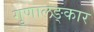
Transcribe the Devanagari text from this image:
गुणालङ्कार